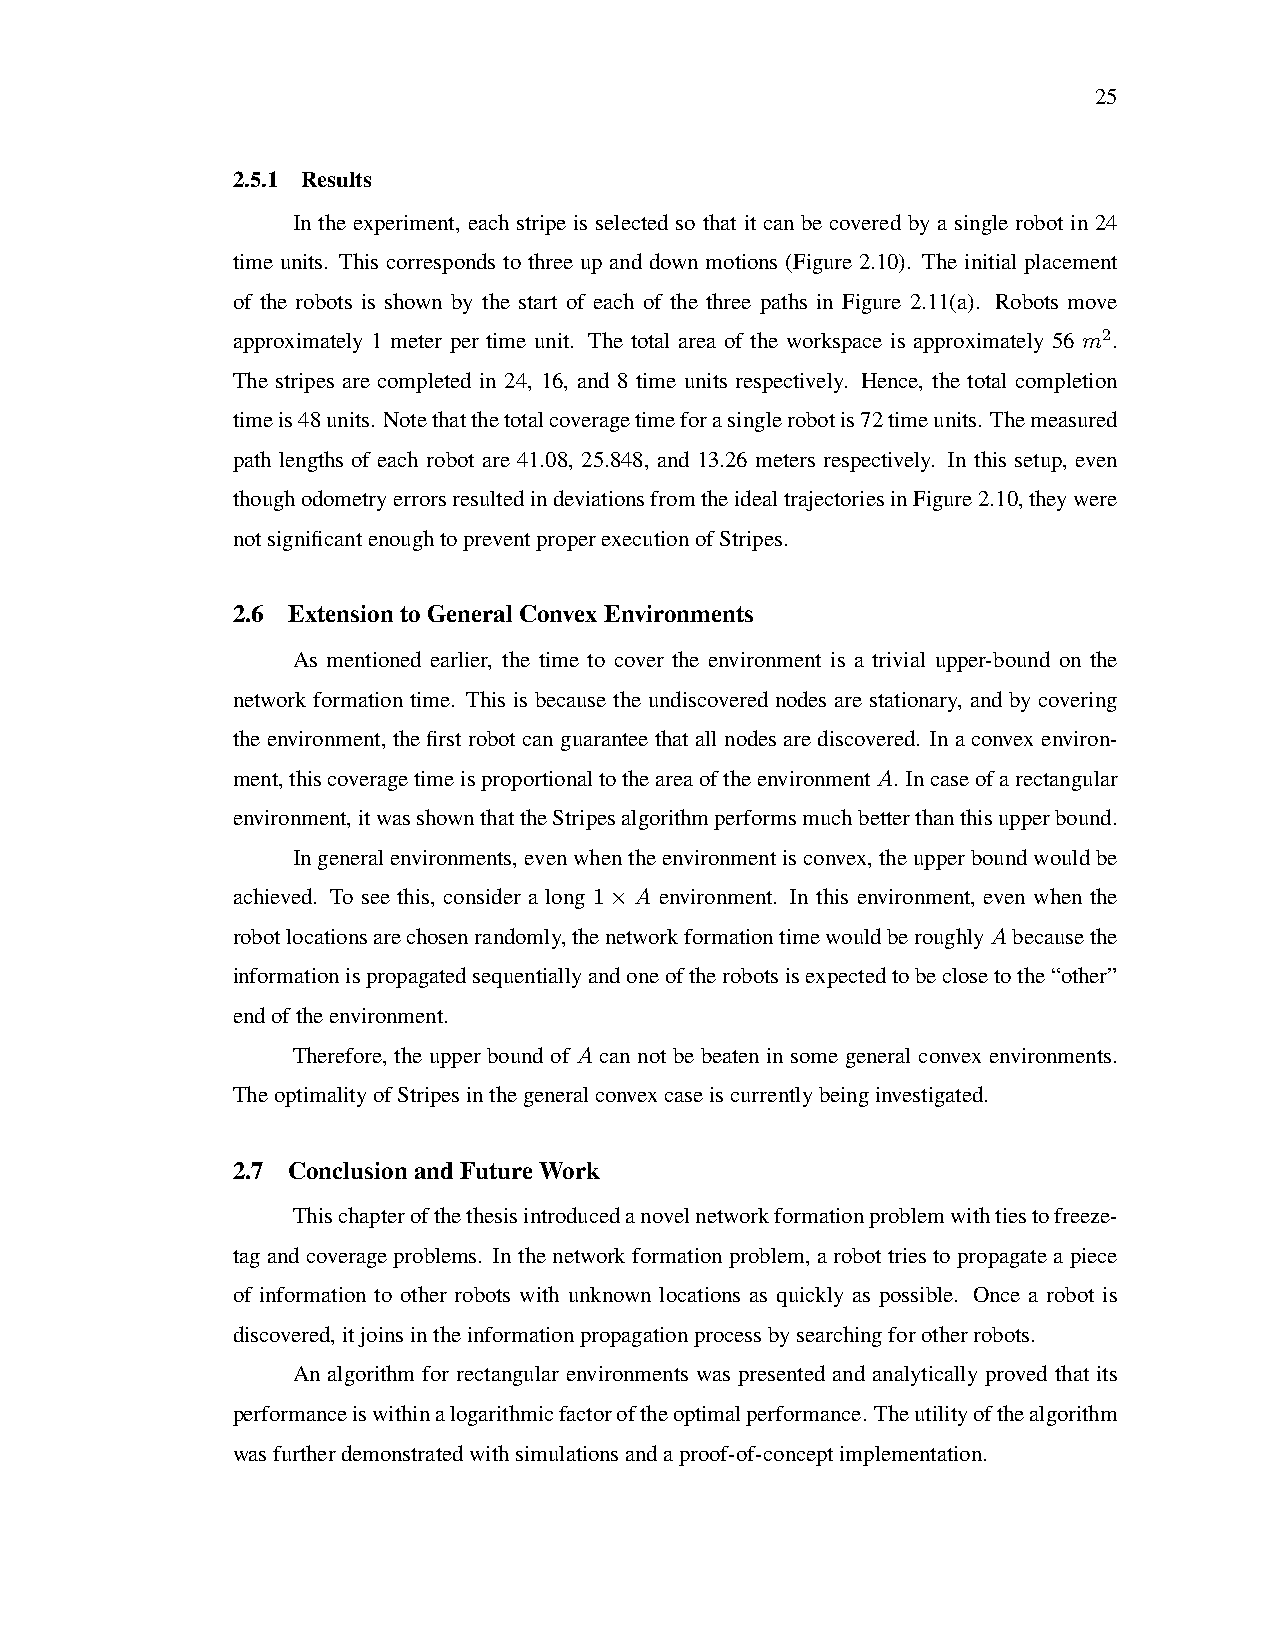
25
 2.5.1 Results
 In the experiment, each stripe is selected so that it can be covered by a single robot in 24
 time units. This corresponds to three up and down motions (Figure 2.10). The initial placement
 of the robots is shown by the start of each of the three paths in Figure 2.11(a). Robots move
 approximately 1 meter per time unit. The total area of the workspace is approximately 56 m2.
 The stripes are completed in 24, 16, and 8 time units respectively. Hence, the total completion
 timeis48units. Notethatthetotalcoveragetimeforasinglerobotis72timeunits. Themeasured
 path lengths of each robot are 41.08, 25.848, and 13.26 meters respectively. In this setup, even
 thoughodometryerrorsresultedindeviationsfromtheidealtrajectoriesinFigure2.10,theywere
 notsignificantenoughtopreventproperexecutionofStripes.
 2.6 ExtensiontoGeneralConvexEnvironments
 As mentioned earlier, the time to cover the environment is a trivial upper-bound on the
 network formation time. This is because the undiscovered nodes are stationary, and by covering
 the environment, the first robot can guarantee that all nodesare discovered. In a convex environ-
 ment,thiscoveragetimeisproportionaltotheareaoftheenvironmentA. Incaseofarectangular
 environment,itwasshownthattheStripesalgorithmperformsmuchbetterthanthisupperbound.
 Ingeneralenvironments,evenwhentheenvironmentisconvex,theupperboundwouldbe
 achieved. To see this, consider a long 1 × A environment. In this environment, even when the
 robotlocationsarechosenrandomly,thenetworkformationtimewouldberoughlyAbecausethe
 informationispropagatedsequentiallyandoneoftherobotsisexpectedtobeclosetothe“other”
 endoftheenvironment.
 Therefore, the upper bound of A can not be beaten in some general convex environments.
 TheoptimalityofStripesinthegeneralconvexcaseiscurrentlybeinginvestigated.
 2.7 ConclusionandFutureWork
 Thischapterofthethesisintroducedanovelnetworkformationproblemwithtiestofreeze-
 tag and coverage problems. In the network formation problem, a robot tries to propagate a piece
 of information to other robots with unknown locations as quickly as possible. Once a robot is
 discovered,itjoinsintheinformationpropagationprocessbysearchingforotherrobots.
 An algorithm for rectangular environments was presented and analytically proved that its
 performanceiswithinalogarithmicfactoroftheoptimalperformance. Theutilityofthealgorithm
 wasfurtherdemonstratedwithsimulationsandaproof-of-conceptimplementation.